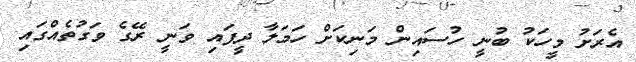
އެރަށު މީހަކު ބުނީ ހުސައިން މަނިކަށް ހަމަލާ ދީފައި ވަނީ ރޭގެ ވަގުތެއްގައި